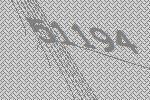
51194